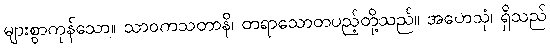
များစွာကုန်သော။ သာဝကသတာနိ၊ တရာသောတပည့်တို့သည်။ အဟေသုံ၊ ရှိသည်